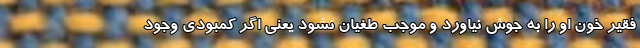
فقیر خون او را به جوش نیاورد و موجب طغیان نشود یعنی اگر کمبودی وجود